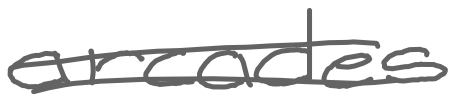
Text: arcades
Cross-out: mix
Writing tool: digital_gray